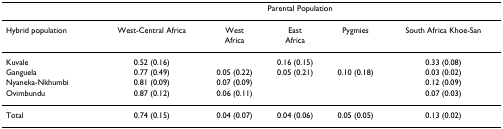
|  | <COLSPAN=5> Parental Population |
 | --- | --- | --- | --- | --- | --- |
 | Hybrid population | West-Central Africa | WestAfrica | EastAfrica | Pygmies | South Africa Khoe-San |
 | Kuvale | 0.52 (0.16) |  | 0.16 (0.15) |  | 0.33 (0.08) |
 | Ganguela | 0.77 (0.49) | 0.05 (0.22) | 0.05 (0.21) | 0.10 (0.18) | 0.03 (0.02) |
 | Nyaneka-Nkhumbi | 0.81 (0.09) | 0.07 (0.09) |  |  | 0.12 (0.09) |
 | Ovimbundu | 0.87 (0.12) | 0.06 (0.11) |  |  | 0.07 (0.03) |
 | Total | 0.74 (0.15) | 0.04 (0.07) | 0.04 (0.06) | 0.05 (0.05) | 0.13 (0.02) |